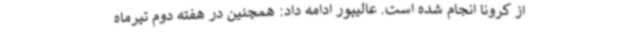
از کرونا انجام شده است. عالیپور ادامه داد: همچنین در هفته دوم تیرماه